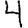
Digit: 4